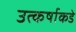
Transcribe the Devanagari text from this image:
उत्कर्षाकडे